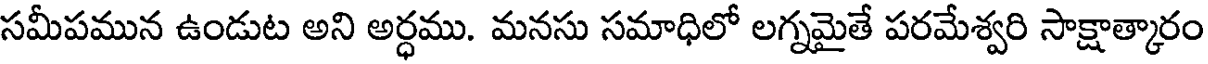
సమీపమున ఉండుట అని అర్ధము. మనసు సమాధిలో లగ్నమైతే పరమేశ్వరి సాక్షాత్కారం